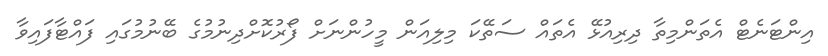
އިންޓަނެޓް އެތަންމިތާ ދިރިއުޅޭ އެތައް ސަތޭކަ މިލިއަން މީހުންނަށް ފޯރުކޮށްދިނުމުގެ ބޭނުމުގައި ފައްޓާފައިވާ